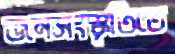
জনসংস্কৃতিতে